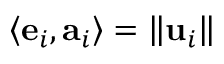
\left\langle \mathbf { e } _ { i } , \mathbf { a } _ { i } \right\rangle = \left\| \mathbf { u } _ { i } \right\|